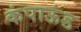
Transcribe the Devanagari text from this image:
कंपाऊंड